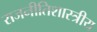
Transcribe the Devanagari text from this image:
राजनीतिशास्त्रीय